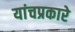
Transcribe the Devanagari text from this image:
यांचप्रकारे